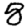
Digit: 8